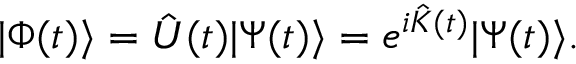
| \Phi ( t ) \rangle = \hat { { \cal U } } ( t ) | \Psi ( t ) \rangle = e ^ { i \hat { K } ( t ) } | \Psi ( t ) \rangle .